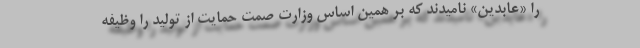
را «عابدین» نامیدند که بر همین اساس وزارت صمت حمایت از تولید را وظیفه